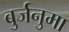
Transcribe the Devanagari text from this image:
बुर्जनुमा